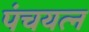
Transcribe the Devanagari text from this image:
पंचयत्‍न